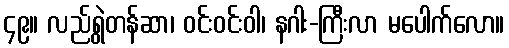
၄၉။ လည်ရွဲတန်ဆာ၊ ဝင်းဝင်းဝါ၊ နဂါး-ကြီးလာ မပေါက်လော။